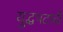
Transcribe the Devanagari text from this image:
युद्धपटाची